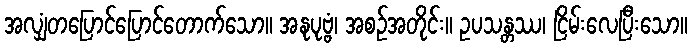
အလျှံတပြောင်ပြောင်တောက်သော။ အနုပုဗ္ဗံ၊ အစဉ်အတိုင်း။ ဥပသန္တဿ၊ ငြိမ်းလေပြီးသော။